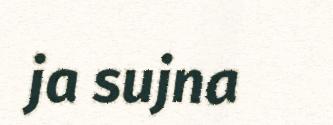
ja sujna